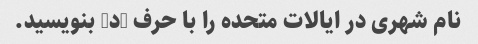
نام شهری در ایالات متحده را با حرف "د" بنویسید.